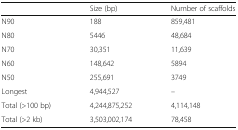
|  | Size (bp) | Number of scaffolds |
 | --- | --- | --- |
 | N90 | 188 | 859,481 |
 | N80 | 5446 | 48,684 |
 | N70 | 30,351 | 11,639 |
 | N60 | 148,642 | 5894 |
 | N50 | 255,691 | 3749 |
 | Longest | 4,944,527 | – |
 | Total (>100 bp) | 4,244,875,252 | 4,114,148 |
 | Total (>2 kb) | 3,503,002,174 | 78,458 |